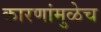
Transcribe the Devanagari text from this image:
कारणांमुळेच